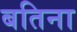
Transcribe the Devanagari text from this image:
बतिना